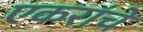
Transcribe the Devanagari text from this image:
एकरांचे